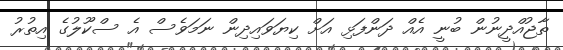
ތާޖުއްދީނުން ބުނީ އެއް ދަންފަޅި އަށް ކިޔަވައިދިން ނަމަވެސް އެ ސްކޫލުގެ އިތުރު